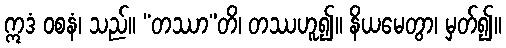
ဣဒံ ဝစနံ၊ သည်။ “တဿာ”တိ၊ တဿဟူ၍။ နိယမေတွာ၊ မှတ်၍။